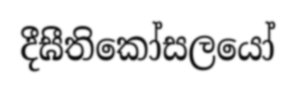
දීඝීතිකෝසලයෝ